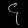
Digit: ၄